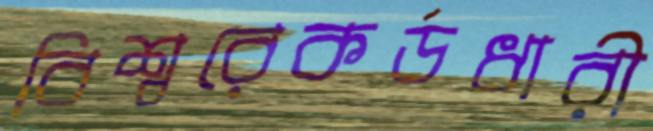
বিশ্বরেকর্ডধারী